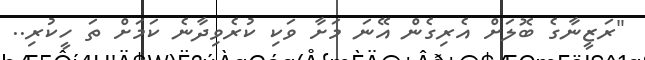
"ރަޒީނާގެ ބޮލަށް އެރިގެން އޭނަ މަށާ ވަކި ކުރެވިދާނެ ކަމަށް ތަ ހީކުރި..